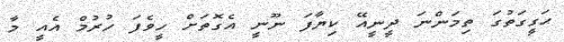
ޙަގީގަތުގަ ތިމަންނަ ދީނީއޭ ކިޔާފަ ނޫނީ އެގޮތަށް ހީވެފަ ހުރުމް އެއީ މާ